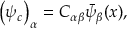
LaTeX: \left( \psi _ { c } \right) _ { \alpha } = C _ { \alpha \beta } \bar { \psi } _ { \beta } ( x ) ,